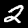
Label: 2